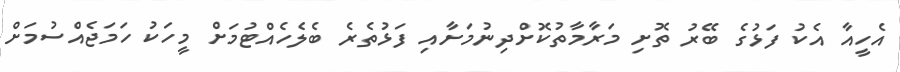
އެހީއާ އެކު ފަޅުގެ ބޭރު ތޮށި މަރާމާތުކޮށްދިނުމަށާއި ފަޅުތެރެ ބެލެހެއްޓުމަށް މީހަކު ހަމަޖެއްސުމަށް